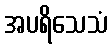
အပရိသေသံ